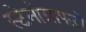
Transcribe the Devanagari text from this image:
स्टेनोग्राफरो